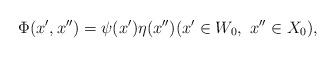
LaTeX: \begin{align*}\Phi(x',x'')=\psi(x')\eta(x'') (x'\in W_0,\ x''\in X_0),\end{align*}